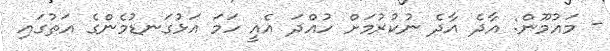
- މައުމޫން: އާދެ އާދެ ނުކުރުމަށް ހުއްދަ އެއީ ހަމަ އަޅުގަނޑުމެންގެ އަތުގައި